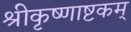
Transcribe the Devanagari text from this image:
श्रीकृष्णाष्टकम्